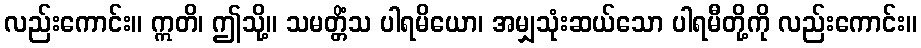
လည်းကောင်း။ ဣတိ၊ ဤသို့။ သမတ္တိံသ ပါရမိယော၊ အမျှသုံးဆယ်သော ပါရမီတို့ကို လည်းကောင်း။